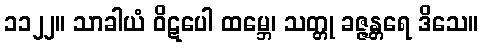
၁၁၂၂။ သာခါယံ ဝိဋပေါ ထမ္ဘေ၊ သတ္တု ခဇ္ဇန္တရေ ဒိသေ။